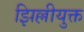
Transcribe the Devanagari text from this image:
झिल्लीयुक्त